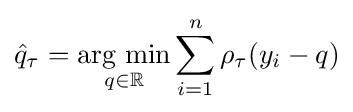
{\hat {q}}_{\tau }={\underset {q\in \mathbb {R} }{\mbox{arg min}}}\sum _{i=1}^{n}\rho _{\tau }(y_{i}-q)